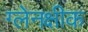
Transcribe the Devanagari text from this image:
ग्लेनक्षीक